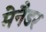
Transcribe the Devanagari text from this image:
मेनैडर